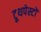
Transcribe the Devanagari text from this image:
टूथपेस्टों